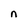
Character: n